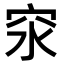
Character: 𥤼